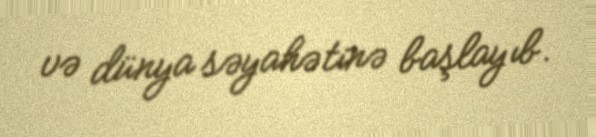
və dünya səyahətinə başlayıb.